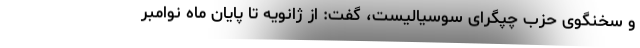
و سخنگوی حزب چپگرای سوسیالیست، گفت: از ژانویه تا پایان ماه نوامبر